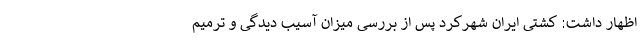
اظهار داشت: کشتی ایران شهرکرد پس از بررسی میزان آسیب دیدگی و ترمیم